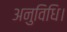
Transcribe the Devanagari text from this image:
अनुविधि।